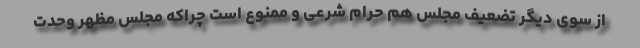
از سوی دیگر تضعیف مجلس هم حرام شرعی و ممنوع است چراکه مجلس مظهر وحدت